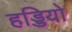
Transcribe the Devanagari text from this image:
हड्डियो